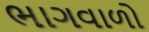
ભાગવાળો